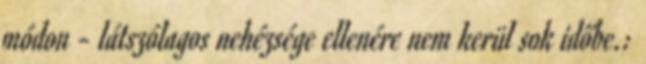
módon - látszólagos nehézsége ellenére nem kerül sok időbe.: